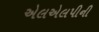
એલએલપીની